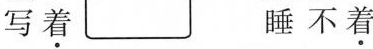
写\underset{·}{着} 睡不\underset{·}{着}